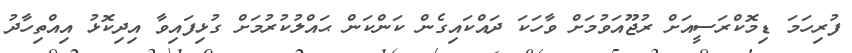
ފުރިހަމަ ޑިމޮކްރަސީއަށް ރުޖޫއަވުމަށް ވާހަކަ ދައްކައިގެން ކަންކަން ޙައްލުކުރުމަށް ގުޅިފައިވާ އިދިކޮޅު އިއްތިހާދު